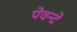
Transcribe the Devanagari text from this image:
पेवन्दे